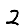
Digit: 2